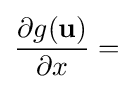
{\frac {\partial g(\mathbf {u} )}{\partial x}}=